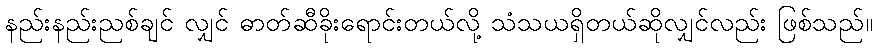
နည်းနည်းညစ်ချင် လျှင် ဓာတ်ဆီခိုးရောင်းတယ်လို့ သံသယရှိတယ်ဆိုလျှင်လည်း ဖြစ်သည်။